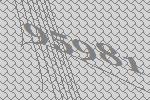
95981